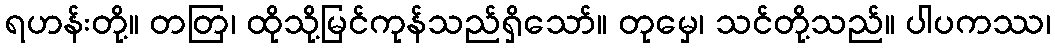
ရဟန်းတို့။ တတြ၊ ထိုသို့မြင်ကုန်သည်ရှိသော်။ တုမှေ၊ သင်တို့သည်။ ပါပကဿ၊